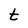
Character: t